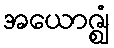
အယောဇ္ဈံ